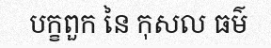
បក្ខពួក នៃ កុសល ធម៌